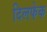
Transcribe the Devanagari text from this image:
दिलफेक